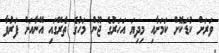
ވަރަށް ކުޑަކޮށް ކަމަށާއި މިދިޔަ އަހަރުގެ ޖޫން މަހުގެ ތެރޭގައި އޭނާއަށް ފަރުވާ